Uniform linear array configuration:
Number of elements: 64
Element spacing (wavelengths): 1
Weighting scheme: uniform
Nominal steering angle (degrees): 60
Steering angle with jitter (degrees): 58.278
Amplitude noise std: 0.05
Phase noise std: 0.05

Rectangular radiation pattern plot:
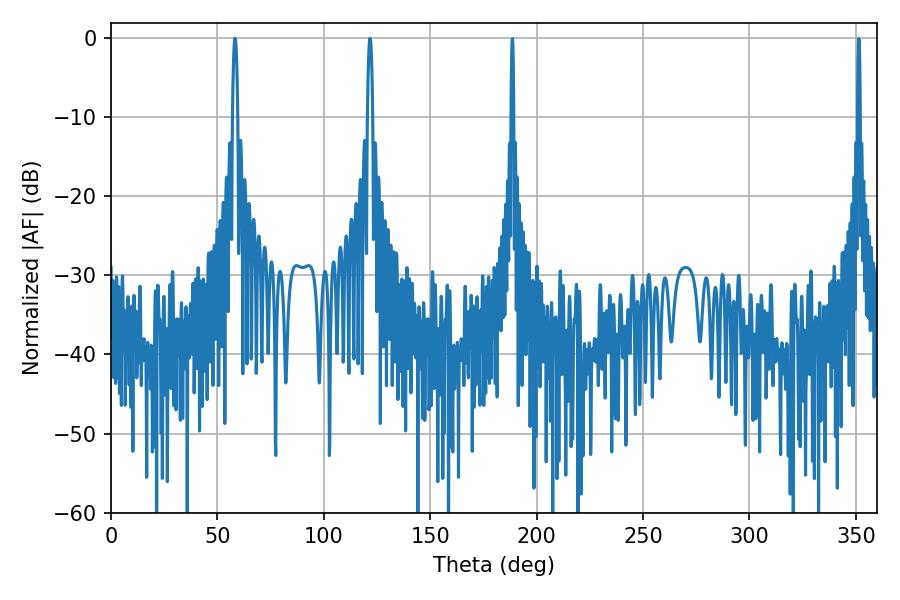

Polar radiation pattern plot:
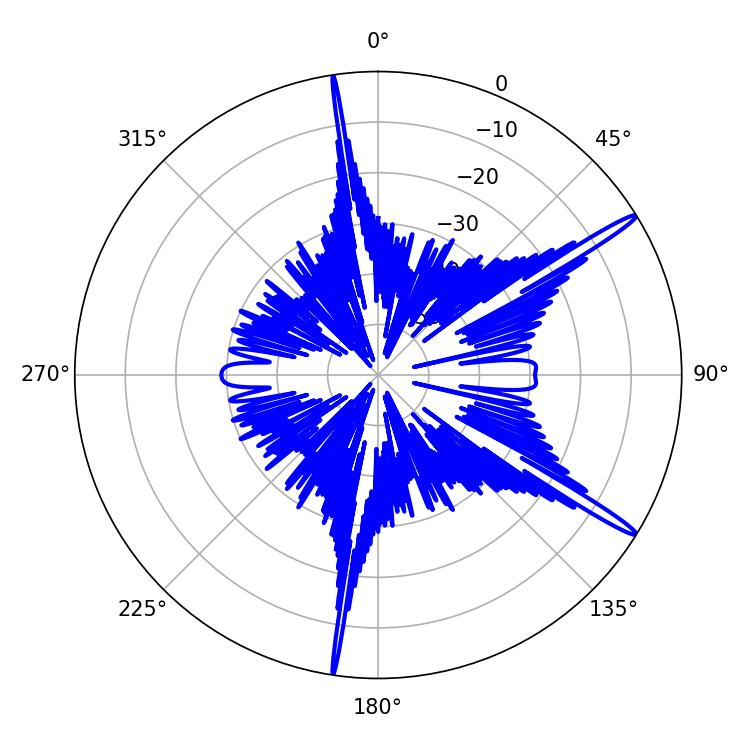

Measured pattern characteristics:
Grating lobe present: TRUE
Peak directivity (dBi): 16.429
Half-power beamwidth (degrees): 1.26
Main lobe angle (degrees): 121.68